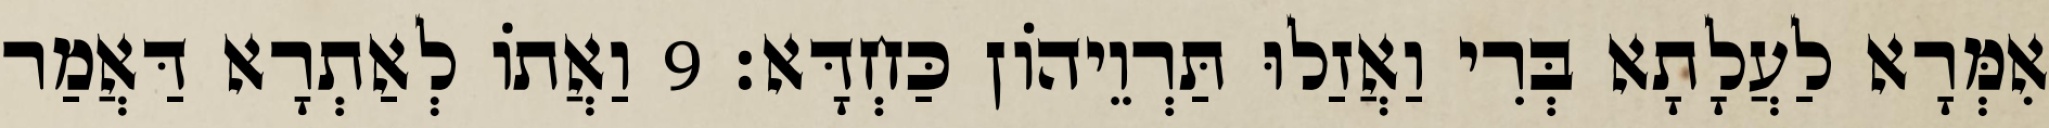
אִמְּרָא לַעֲלָתָא בְּרִי וַאֲזַלוּ תַּרְוֵיהוֹן כַּחְדָּא׃ 9 וַאֲתוֹ לְאַתְרָא דַּאֲמַר